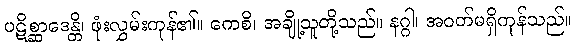
ပဋိစ္ဆာဒေန္တိ၊ ဖုံးလွှမ်းကုန်၏။ ကေစိ၊ အချို့သူတို့သည်။ နဂ္ဂါ၊ အဝတ်မရှိကုန်သည်။